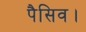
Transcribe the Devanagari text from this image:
पैसिव।